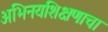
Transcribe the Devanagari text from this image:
अभिनयशिक्षणाचा